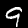
Digit: 9